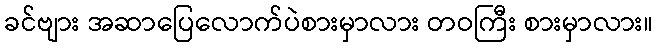
ခင်ဗျား အဆာပြေလောက်ပဲစားမှာလား တဝကြီး စားမှာလား။